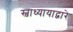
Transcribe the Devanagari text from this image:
स्वाध्यायाद्वारे